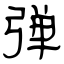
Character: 弹